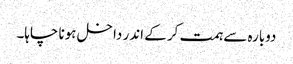
دوبارہ سے ہمت کر کے اندر داخل ہونا چاہا۔